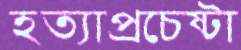
হত্যাপ্রচেষ্টা